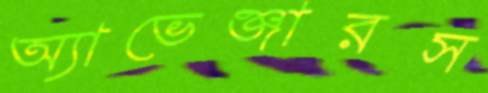
অ্যাভেঞ্জারস